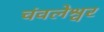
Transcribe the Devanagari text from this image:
चंवलेश्वर